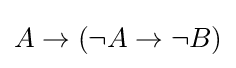
A\to (\neg A\to \neg B)